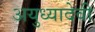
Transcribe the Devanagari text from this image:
अयुध्यादेवी